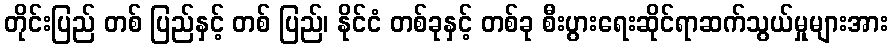
တိုင်းပြည် တစ် ပြည်နှင့် တစ် ပြည်၊ နိုင်ငံ တစ်ခုနှင့် တစ်ခု စီးပွားရေးဆိုင်ရာဆက်သွယ်မှုများအား